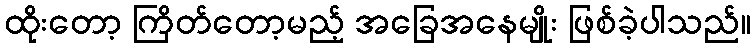
ထိုးတော့ ကြိတ်တော့မည့် အခြေအနေမျိုး ဖြစ်ခဲ့ပါသည်။